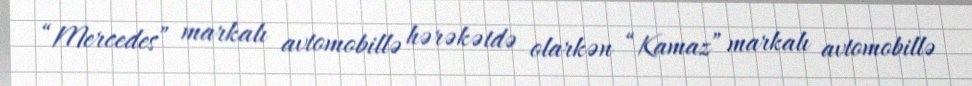
“Mercedes” markalı avtomobillə hərəkətdə olarkən “Kamaz” markalı avtomobillə